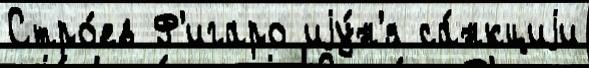
Стро́ев Ф'игаро иjу́н'я са́нкциjи